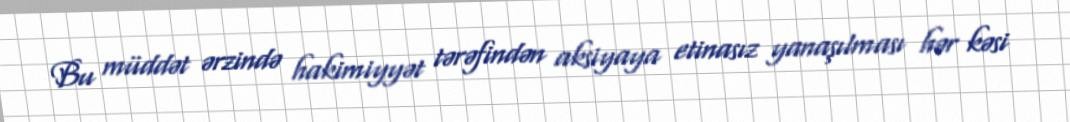
Bu müddət ərzində hakimiyyət tərəfindən aksiyaya etinasız yanaşılması hər kəsi